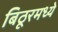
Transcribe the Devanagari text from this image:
बिठूरमध्ये